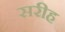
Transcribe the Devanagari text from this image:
सरीह